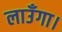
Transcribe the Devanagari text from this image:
लाउँगा।